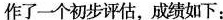
作了一个初步评估，成绩如下：